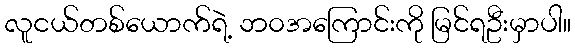
လူငယ်တစ်ယောက်ရဲ့ ဘ၀အကြောင်းကို မြင်ရဦးမှာပါ။